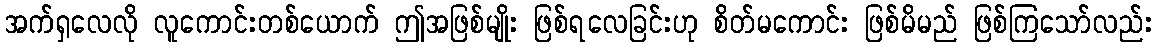
အက်ရှလေလို လူကောင်းတစ်ယောက် ဤအဖြစ်မျိုး ဖြစ်ရလေခြင်းဟု စိတ်မကောင်း ဖြစ်မိမည် ဖြစ်ကြသော်လည်း